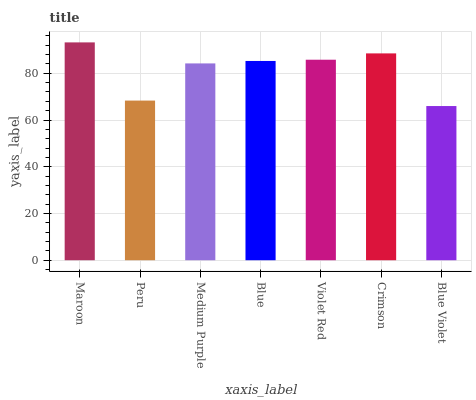
| xaxis_label | bars |
 | --- | --- |
 | Maroon | 93.2 |
 | Peru | 68.3 |
 | Medium Purple | 84.2 |
 | Blue | 85.3 |
 | Violet Red | 85.8 |
 | Crimson | 88.5 |
 | Blue Violet | 66 |